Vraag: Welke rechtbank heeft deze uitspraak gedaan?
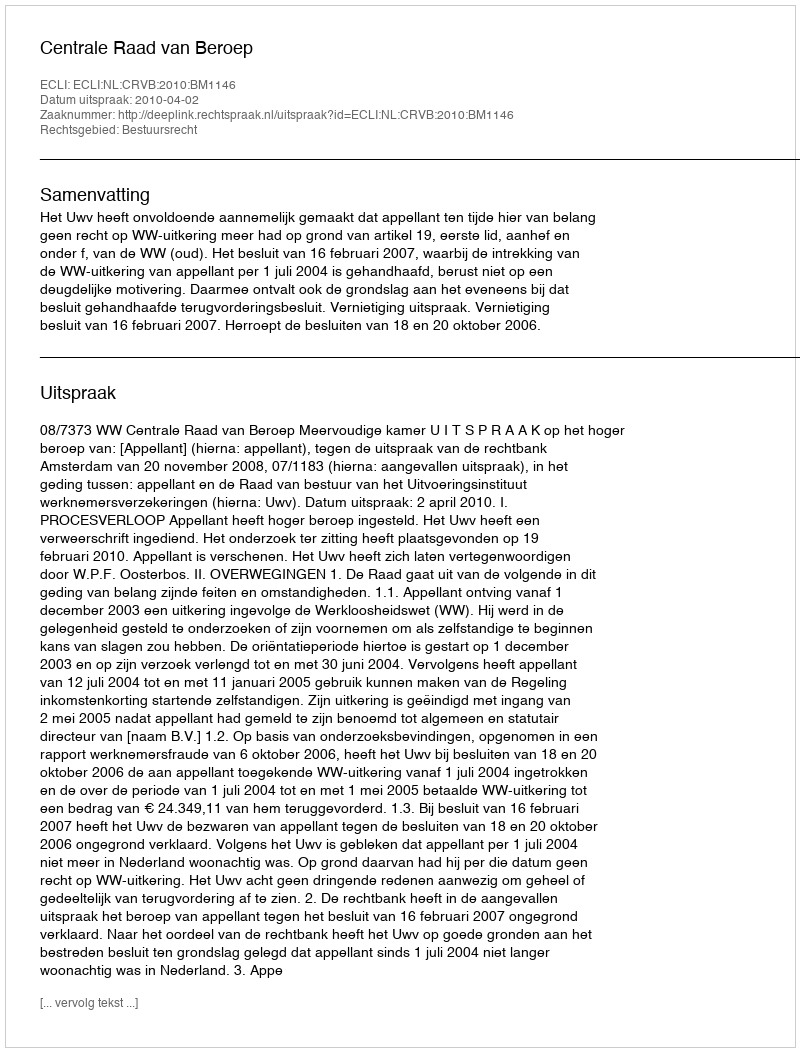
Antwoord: Centrale Raad van Beroep